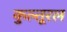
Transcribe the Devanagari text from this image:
कुल्तूरल